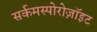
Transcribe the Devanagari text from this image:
सर्कमस्पोरोज़ॉइट